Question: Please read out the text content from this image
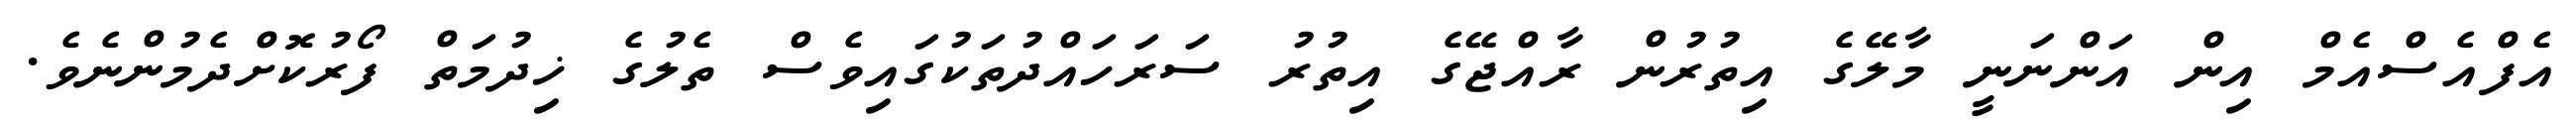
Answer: އެފްއެސްއެމް އިން އަންނަނީ މާލޭގެ އިތުރުން ރާއްޖޭގެ އިތުރު ސަރަހައްދުތަކުގައިވެސް ތެލުގެ ޚިދުމަތް ފޯރުކޮށްދެމުންނެވެ.